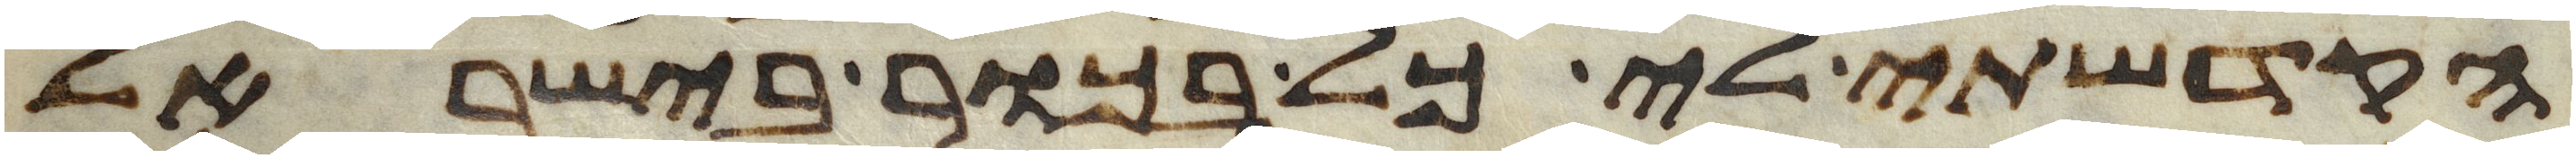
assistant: הקדשתי לי כל בכור בישראל